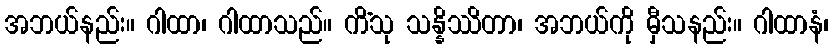
အဘယ်နည်း။ ဂါထာ၊ ဂါထာသည်။ ကိံသု သန္နိဿိတာ၊ အဘယ်ကို မှီသနည်း။ ဂါထာနံ၊